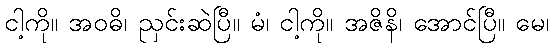
ငါ့ကို။ အဝဓိ၊ ညှင်းဆဲပြီ။ မံ၊ ငါ့ကို။ အဇိနိ၊ အောင်ပြီ။ မေ၊